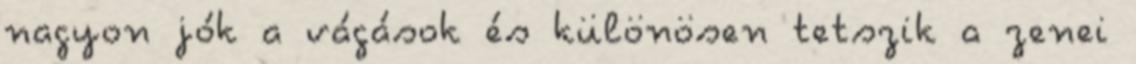
nagyon jók a vágások és különösen tetszik a zenei